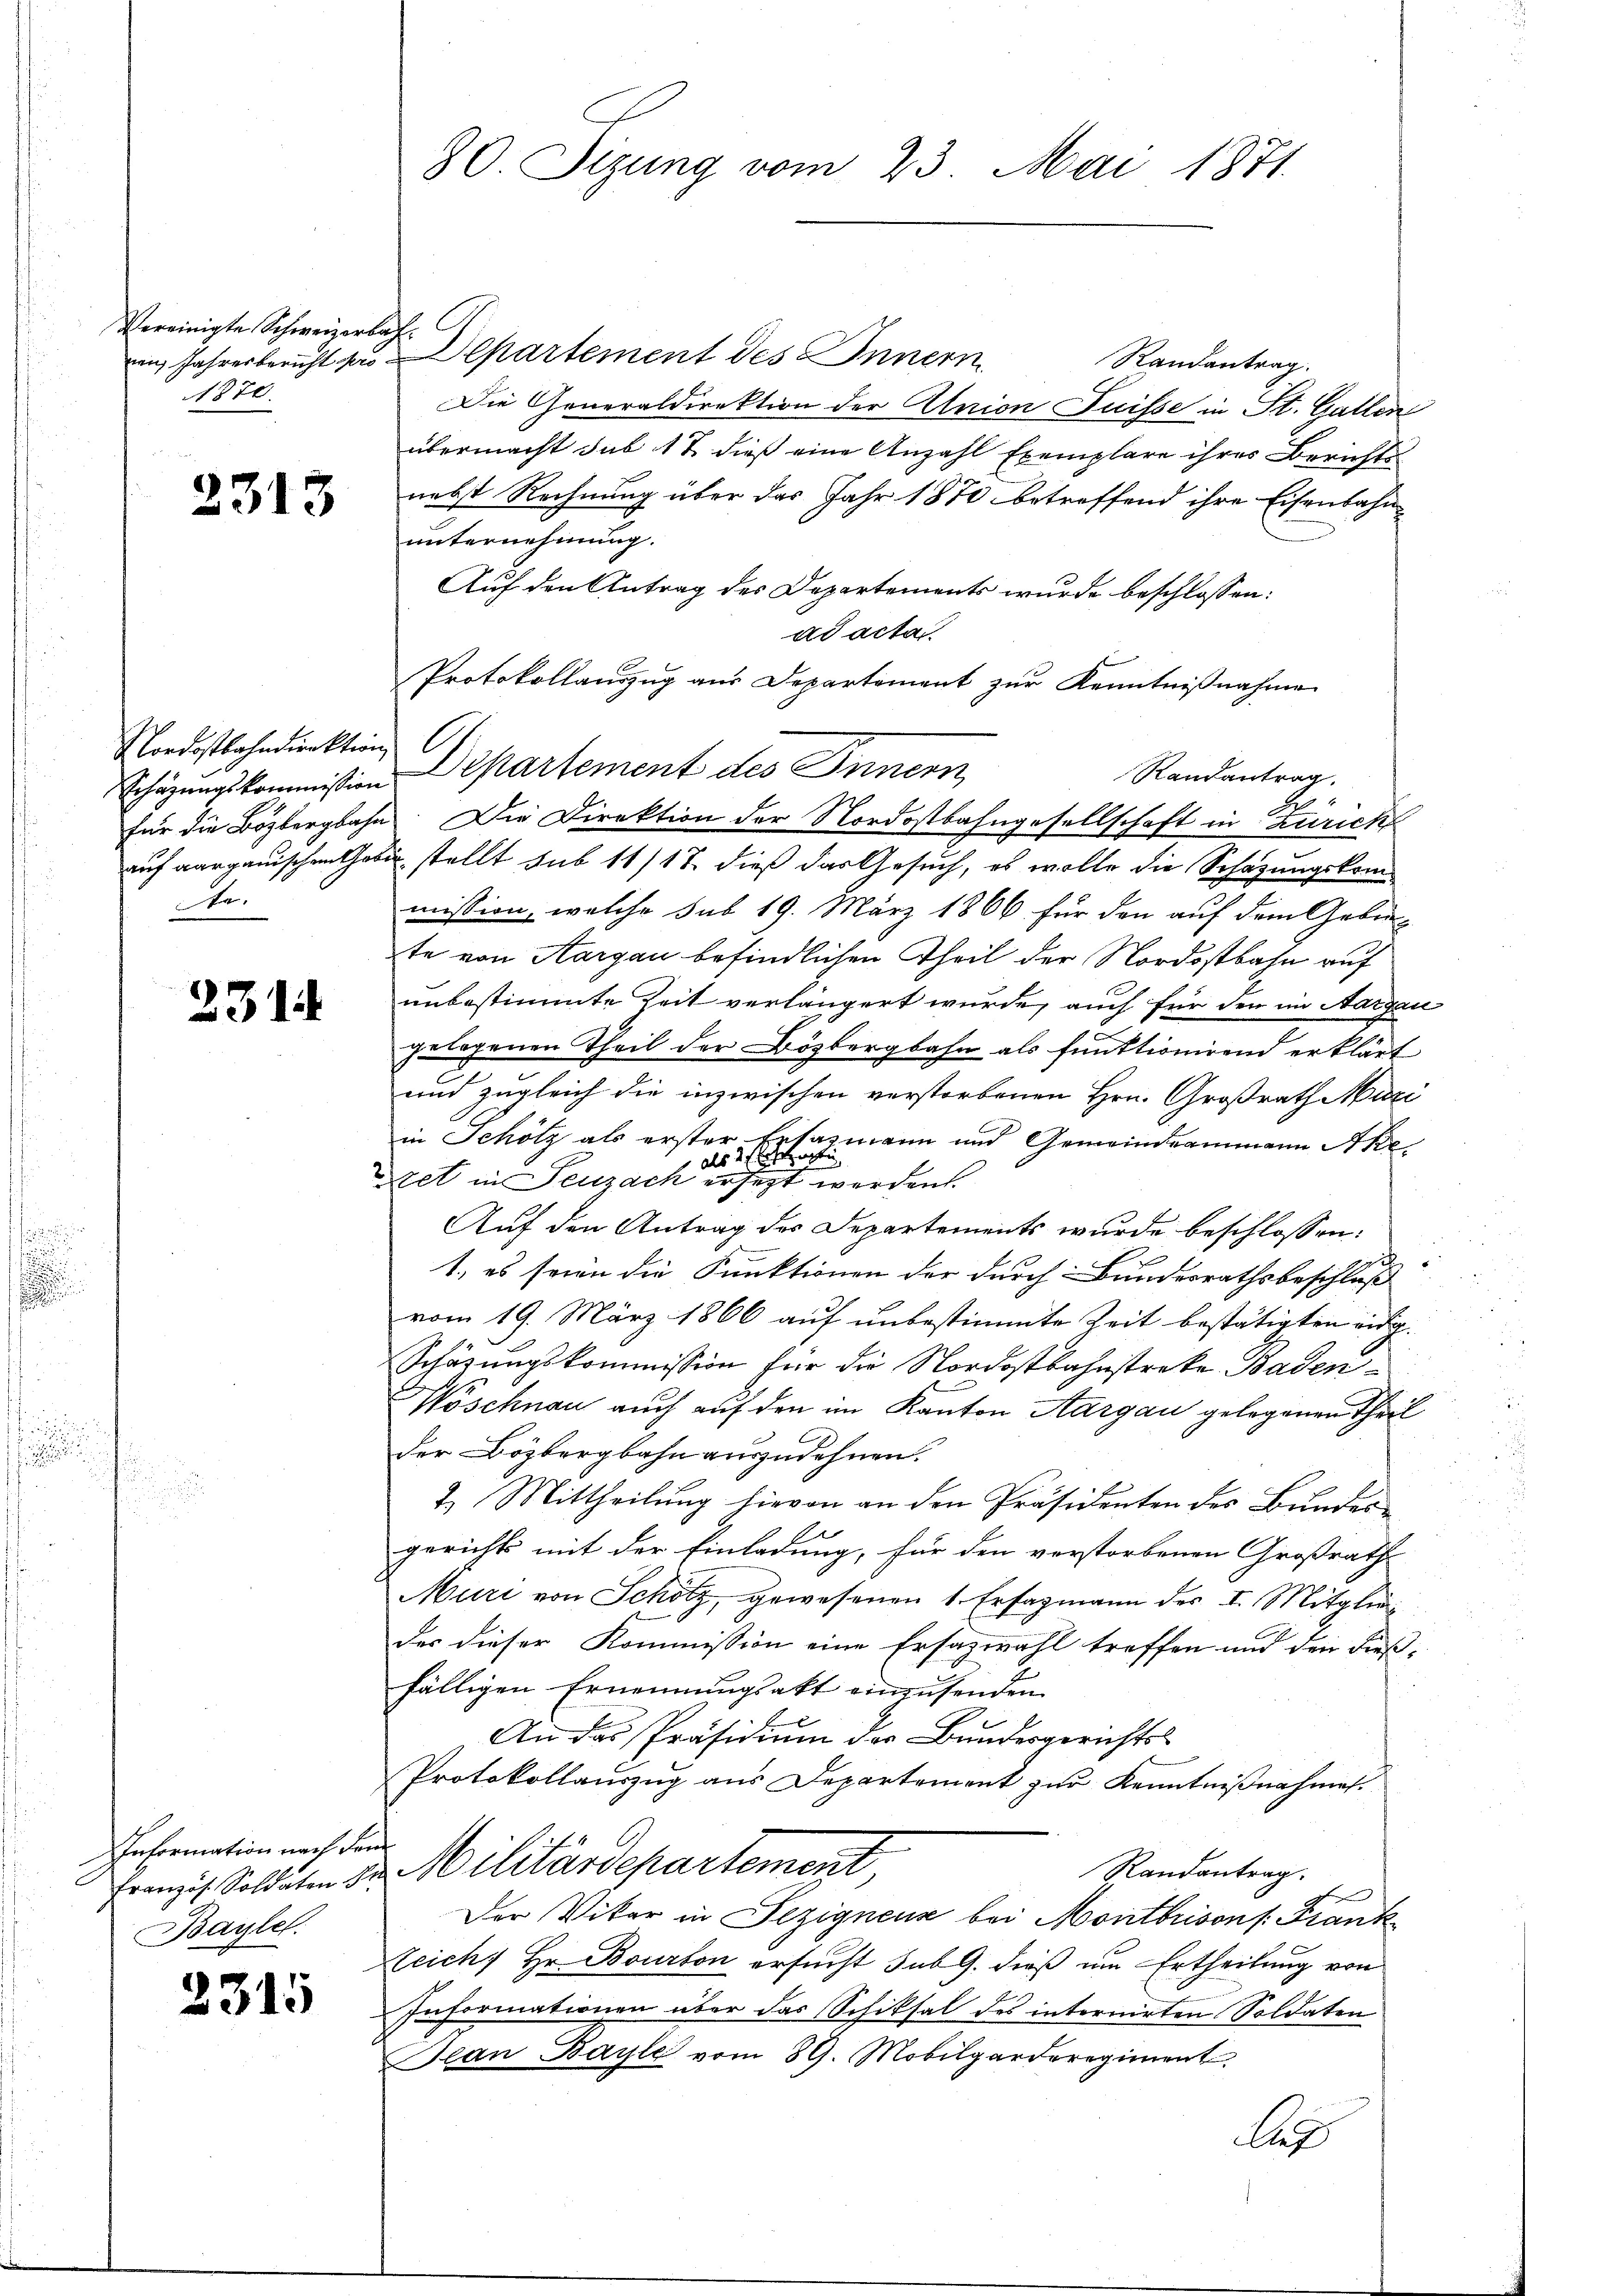
Vereinigte Schweizerbach.
1876.

2313

Nordostbahndirektion
unkel,

231

Information nach dem
Baylel:

2315

in Jahresbericht das Departement des Innern
Randantrag.
Die Generaldirektion der Union Suisse in St. Gallen
übermacht sub 17 dieß eine Anzahl Exemplare ihres Berichte
nebst Rechnung über das Jahr 1870 betreffend ihre Eisenbahn
unternehmung.
Auf den Antrag des Departements wurde beschlossen:
ad acta.
Protokollauszug aus Departement zur Kenntnißnahme
für die Bözbergbahn. Die Direktion der Nordostbahngesellschaft in Zürich
auf aargauischen Tobel stellt sub 11/12. dieß das Gesuch, es wolle die Schazungskommission, welche sub 19. März 1866 für den auf dem Gebiete von Aargau befindlichen Theil der Nordostbahn auf
unbestimmte Zeit verlängert wurde, auch für den im Aargau
gelogenen Theil der Bözbergbahn als funktionirend erklärt
und zugleich die inzwischen verstorbenen Hrn. Großrath Mari
in Schölz als erster Ersatzmann und Gemeindeammann Akeals 2. Ei
tet in Seuzach ersezt werden.
Auf den Antrag des Departements wurde beschlossen:
1. es seien die Funktionen der durch Bundesrathsbeschluß
vom 19. März 1866 auf unbestimmte Zeit bestätigten Eidg.
Schätzungskommission für die Nordostbahnstreke Baden¬
Wöschnau auch auf den im Kanton Aargau gelegenen Theil
der Bözbergbahn auszudehnen.
2. Mittheilung hievon an den Präsidenten des Bundesgerichts mit der Einladung, für den vorstorbenen Großrath
Muri von Scholz, gewesenen 1. Erfagmann des I. Mitglieder dieser Kommission eine Ersazwahl treffen und den dieß-
fälligen Ernennungsakt einzusenden.
An das Präsidium der Bundesgerichts-
Protokollauszug aus Departement zur Kenntnißnahmen.
Randantrag.
Franz, Soldaten d. Militärdepartement,
ge
Der Vikar in Fezignens bei Montbrisons: Frank
Zeicht Hr. Bourton ersucht sub G. dieß um Ertheilung von
Informationen über das Schiksal des internirten Soldaten
Jean Bayle vom 29. Mobilgarderegiment
Les

80. Sizung vom 23. Mai 1871.

C

Schüzungskommission Departement des Innern,

Randantrag.